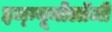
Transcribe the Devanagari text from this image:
इम्म्यूनोलॉजी